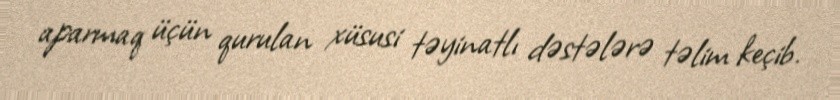
aparmaq üçün qurulan xüsusi təyinatlı dəstələrə təlim keçib.